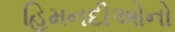
હિમનદીઓનો